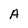
Character: A